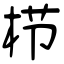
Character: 栉